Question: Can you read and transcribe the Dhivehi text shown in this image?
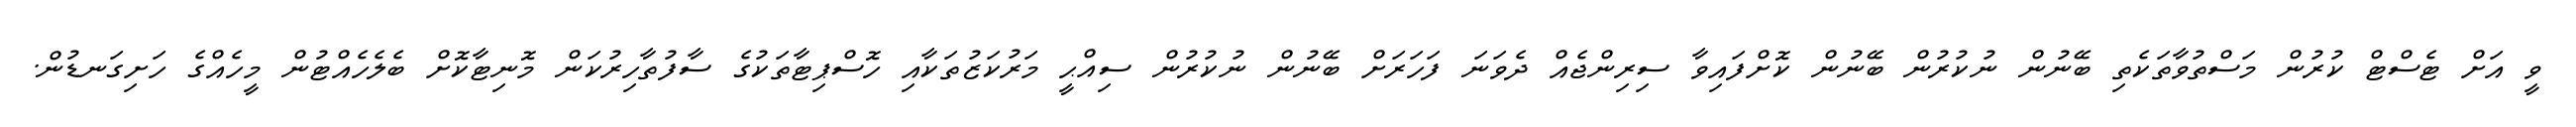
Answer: ވީ އަށް ޓެސްޓް ކުރުން މަސްތުވާތަކެތި ބޭނުން ނުކުރުން ބޭނުން ކޮށްފައިވާ ސިރިންޖެއް ދެވަނަ ފަހަރަށް ބޭނުން ނުކުރުން ސިއްޙީ މަރުކަޒުތަކާއި ހޮސްޕިޓާތަކުގެ ސާފުތާހިރުކަން މޮނިޓާކޮށް ބެލެހެއްޓުން މީހެއްގެ ހަށިގަނޑުން.